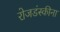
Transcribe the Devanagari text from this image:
रोजडंस्कीना